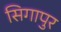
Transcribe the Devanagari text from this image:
सिगापुर